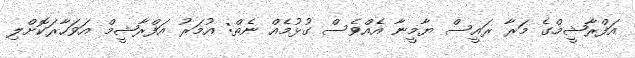
އަފްރާޝީމްގެ މަރާ ރައީސް ޔާމީނާ އެއްވެސް ގުޅުމެއް ނެތް: އުމަރު އަފްރާޝީމް އަވަހާރަކޮށްލި